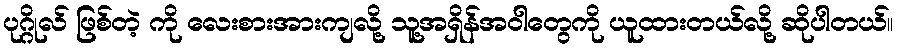
ပုဂ္ဂိုလ် ဖြစ်တဲ့ ကို လေးစားအားကျလို့ သူ့အရှိန်အဝါတွေကို ယူထားတယ်လို့ ဆိုပါတယ်။